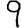
Digit: 9